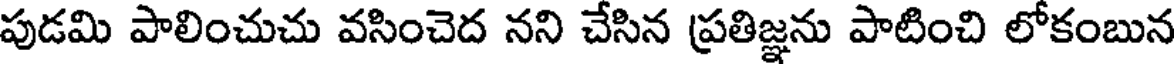
పుడమి పాలించుచు వసించెద నని చేసిన ప్రతిజ్ఞను పాటించి లోకంబున